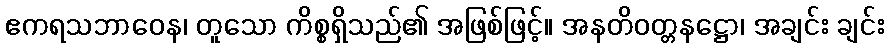
ဧကရသဘာဝေန၊ တူသော ကိစ္စရှိသည်၏ အဖြစ်ဖြင့်။ အနတိဝတ္တနဋ္ဌော၊ အချင်း ချင်း